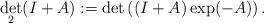
LaTeX: \begin{align*}\det_{2}(I+A):=\det\left((I+A)\exp(-A)\right).\end{align*}